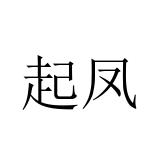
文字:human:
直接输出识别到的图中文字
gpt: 起凤